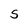
Character: S